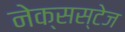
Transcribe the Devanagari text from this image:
नेक्सस्टेज